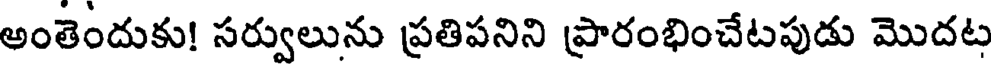
అంతెందుకు! సర్వులును ప్రతిపనిని ప్రారంభించేటపుడు మొదట